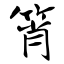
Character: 筲